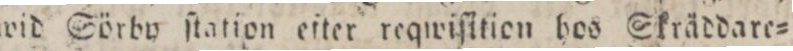
wid Sörby ſtation efter reqwiſition hos Skräddare=